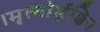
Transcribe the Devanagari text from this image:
।मृत्योर्मुक्षिय